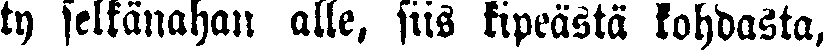
ty selkänähän alle, siis kipeästä kohdasta,